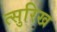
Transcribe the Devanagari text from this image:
त्सुरिख